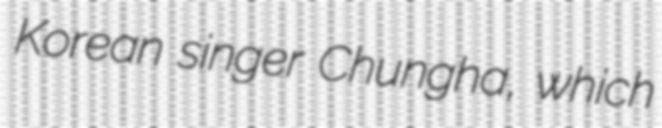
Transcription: Korean singer Chungha, which